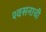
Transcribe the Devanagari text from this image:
श्वसनाची